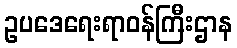
ဥပဒေရေးရာဝန်ကြီးဌာန